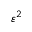
\varepsilon ^ { 2 }